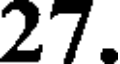
27.